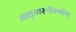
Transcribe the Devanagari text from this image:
मातृस्वरूपिणीम्